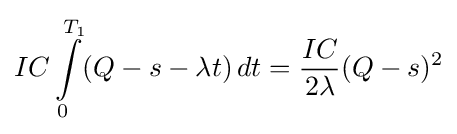
IC\int \limits _{0}^{T_{1}}(Q-s-\lambda t)\,dt={\frac {IC}{2\lambda }}(Q-s)^{2}